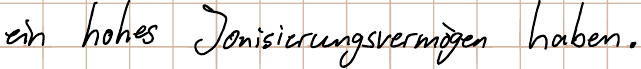
ein hohes Ionisierungsvermögen haben.